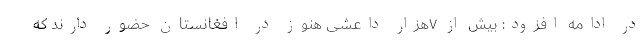
در ادامه افزود: بیش از ۷هزار داعشی هنوز در افغانستان حضور دارند که